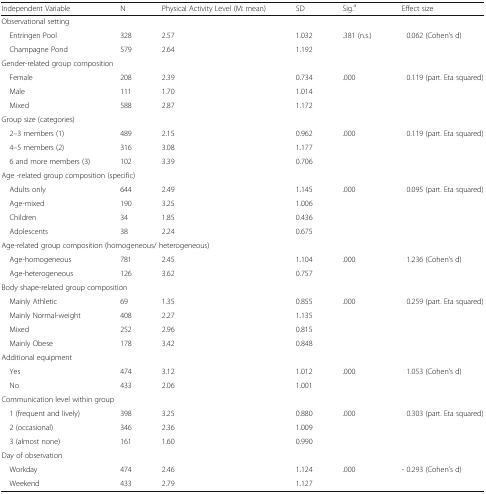
<table><thead><tr><td><b>Independent Variable</b></td><td><b>N</b></td><td><b>Physical Activity Level (M: mean)</b></td><td><b>SD</b></td><td><b>Sig.<sup>a</sup></b></td><td><b>Effect size</b></td></tr></thead><tbody><tr><td colspan="6">Observational setting</td></tr><tr><td> Entringen Pool</td><td>328</td><td>2.57</td><td>1.032</td><td rowspan="2">.381 (n.s.)</td><td rowspan="2">0.062 (Cohen’s d)</td></tr><tr><td> Champagne Pond</td><td>579</td><td>2.64</td><td>1.192</td></tr><tr><td colspan="6">Gender-related group composition</td></tr><tr><td> Female</td><td>208</td><td>2.39</td><td>0.734</td><td rowspan="3">.000</td><td rowspan="3">0.119 (part. Eta squared)</td></tr><tr><td> Male</td><td>111</td><td>1.70</td><td>1.014</td></tr><tr><td> Mixed</td><td>588</td><td>2.87</td><td>1.172</td></tr><tr><td colspan="6">Group size (categories)</td></tr><tr><td> 2–3 members (1)</td><td>489</td><td>2.15</td><td>0.962</td><td rowspan="3">.000</td><td rowspan="3">0.119 (part. Eta squared)</td></tr><tr><td> 4–5 members (2)</td><td>316</td><td>3.08</td><td>1.177</td></tr><tr><td> 6 and more members (3)</td><td>102</td><td>3.39</td><td>0.706</td></tr><tr><td colspan="6">Age -related group composition (specific)</td></tr><tr><td> Adults only</td><td>644</td><td>2.49</td><td>1.145</td><td rowspan="4">.000</td><td rowspan="4">0.095 (part. Eta squared)</td></tr><tr><td> Age-mixed</td><td>190</td><td>3.25</td><td>1.006</td></tr><tr><td> Children</td><td>34</td><td>1.85</td><td>0.436</td></tr><tr><td> Adolescents</td><td>38</td><td>2.24</td><td>0.675</td></tr><tr><td colspan="6">Age-related group composition (homogeneous/ heterogeneous)</td></tr><tr><td> Age-homogeneous</td><td>781</td><td>2.45</td><td>1.104</td><td rowspan="2">.000</td><td rowspan="2">1.236 (Cohen’s d)</td></tr><tr><td> Age-heterogeneous</td><td>126</td><td>3.62</td><td>0.757</td></tr><tr><td colspan="6">Body shape-related group composition</td></tr><tr><td> Mainly Athletic</td><td>69</td><td>1.35</td><td>0.855</td><td rowspan="4">.000</td><td rowspan="4">0.259 (part. Eta squared)</td></tr><tr><td> Mainly Normal-weight</td><td>408</td><td>2.27</td><td>1.135</td></tr><tr><td> Mixed</td><td>252</td><td>2.96</td><td>0.815</td></tr><tr><td> Mainly Obese</td><td>178</td><td>3.42</td><td>0.848</td></tr><tr><td colspan="6">Additional equipment</td></tr><tr><td> Yes</td><td>474</td><td>3.12</td><td>1.012</td><td rowspan="2">.000</td><td rowspan="2">1.053 (Cohen’s d)</td></tr><tr><td> No</td><td>433</td><td>2.06</td><td>1.001</td></tr><tr><td colspan="6">Communication level within group</td></tr><tr><td> 1 (frequent and lively)</td><td>398</td><td>3.25</td><td>0.880</td><td>.000</td><td rowspan="3">0.303 (part. Eta squared)</td></tr><tr><td> 2 (occasional)</td><td>346</td><td>2.36</td><td>1.009</td><td rowspan="2"></td></tr><tr><td> 3 (almost none)</td><td>161</td><td>1.60</td><td>0.990</td></tr><tr><td colspan="6">Day of observation</td></tr><tr><td> Workday</td><td>474</td><td>2.46</td><td>1.124</td><td rowspan="2">.000</td><td rowspan="2">- 0.293 (Cohen’s d)</td></tr><tr><td> Weekend</td><td>433</td><td>2.79</td><td>1.127</td></tr></tbody></table>